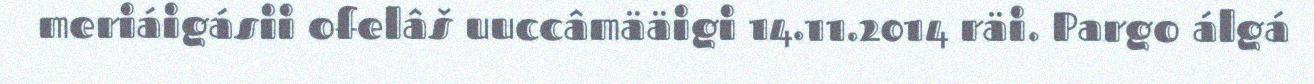
meriáigásii ofelâš uuccâmääigi 14.11.2014 räi. Pargo álgá